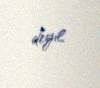
deyil.